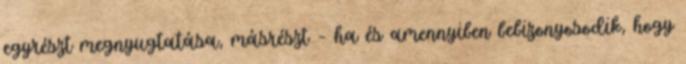
egyrészt megnyugtatása, másrészt – ha és amennyiben bebizonyosodik, hogy